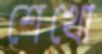
শেখো